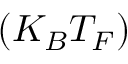
( K _ { B } T _ { F } )